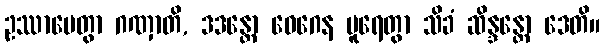
ဥဿာပေတွာ ဂဏှာတိ, ဒဒန္တော ဝေဂေန ပူရေတွာ သိခံ ဆိန္ဒန္တော ဒေတိ။